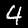
Digit: 4